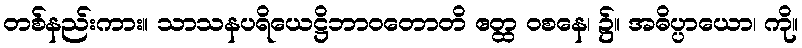
တစ်နည်းကား။ သာသနပရိယေဋ္ဌိဘာဝတောတိ ဧတ္ထ ဝစနေ၊ ၌။ အဓိပ္ပာယော၊ ကို။